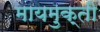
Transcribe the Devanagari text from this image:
मायमुक्ती